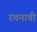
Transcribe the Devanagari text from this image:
रचनावी